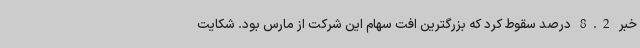
خبر 8.2 درصد سقوط کرد که بزرگترین افت سهام این شرکت از مارس بود. شکایت